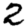
Digit: 2